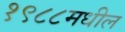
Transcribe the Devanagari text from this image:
१९८८मधील